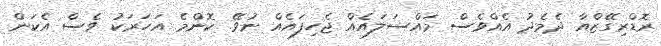
ރޮޑްރިގޭޒްއާ ދެމެދު އެއްވެސް މައްސަލައެއް ޖެހިފައެއް ނުވޭ. ކޮންމެ އަހަރަކު ވެސް އެކަން